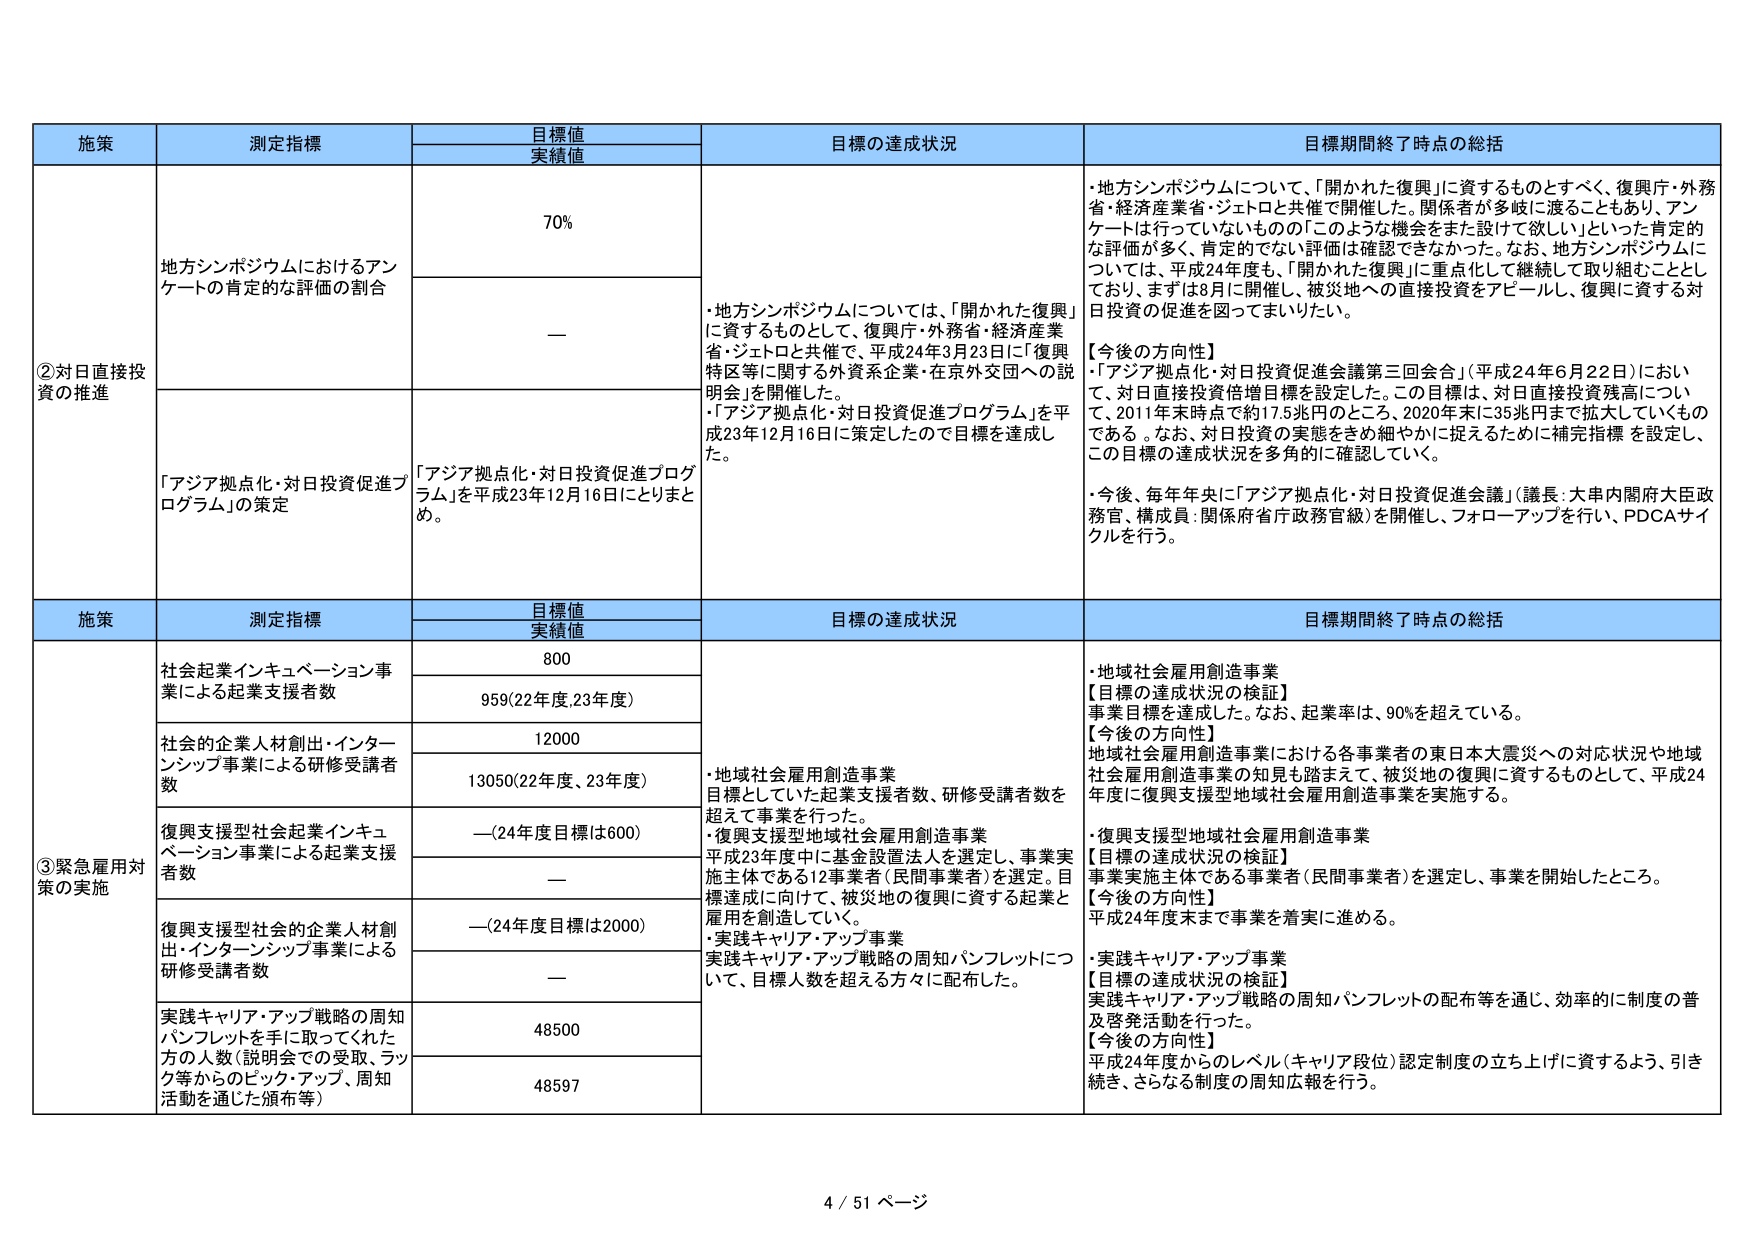
施策 測定指標 目標値 実績値 目標の達成状況 目標期間終了時点の総括
②対日直接投資の推進 地方シンポジウムにおけるアンケートの肯定的な評価の割合 70% — ・地方シンポジウムについては、「開かれた復興」に資するものとして、復興庁・外務省・経済産業省・ジェトロと共催で、平成24年3月23日に「復興特区等に関する外資系企業・在京外交団への説明会」を開催した。 ・「アジア拠点化・対日投資促進プログラム」を平成23年12月16日に策定したので目標を達成した。 ・地方シンポジウムについて、「開かれた復興」に資するものとすべく、復興庁・外務省・経済産業省・ジェトロと共催で開催した。関係者が多岐に渡ることもあり、アンケートは行っていないものの「このような機会をまた設けたい」といった肯定的な評価が多く、肯定的でない評価は確認できなかった。なお、地方シンポジウムについては、平成24年度も、「開かれた復興」に重点化して継続して取り組むこととしており、まずは8月に開催し、被災地への直接投資をアピールし、復興に資する対日投資の促進を図ってまいりたい。 【今後の方向性】 ・「アジア拠点化・対日投資促進会議第三回会合」（平成24年6月22日）において、対日直接投資倍増目標を設定した。この目標は、対日直接投資残高について、2011年末時点で約17.5兆円のところ、2020年末に35兆円まで拡大していくものである。なお、対日投資の実態をきめ細やかに捉えるために補完指標を設定し、この目標の達成状況を多角的に確認していく。 ・今後、毎年年央に「アジア拠点化・対日投資促進会議」（議長：大串内閣府大臣政務官、構成員：関係府省庁政務官級）を開催し、フォローアップを行い、PDCAサイクルを行う。 「アジア拠点化・対日投資促進プログラム」の策定 「アジア拠点化・対日投資促進プログラム」を平成23年12月16日にとりまとめ。
施策 測定指標 目標値 実績値 目標の達成状況 目標期間終了時点の総括
③緊急雇用対策の実施 社会起業インキュベーション事業による起業支援者数 800 959（22年度、23年度） ・地域社会雇用創造事業 目標としていた起業支援者数、研修受講者数を超えて事業を行った。 ・復興支援型地域社会雇用創造事業 平成23年度中に基金設置法人を選定し、事業実施主体である12事業者（民間事業者）を選定。目標達成に向けて、被災地の復興に資する起業と雇用を創造していく。 ・実践キャリア・アップ事業 実践キャリア・アップ戦略の周知パンフレットについて、目標人数を超える方々に配布した。 ・地域社会雇用創造事業 【目標の達成状況の検証】 事業目標を達成した。なお、起業率は、90％を超えている。 【今後の方向性】 地域社会雇用創造事業における各事業者の東日本大震災への対応状況や地域社会雇用創造事業の知見も踏まえて、被災地の復興に資するものとして、平成24年度に復興支援型地域社会雇用創造事業を実施する。 社会的企業人材創出・インターンシップ事業による研修受講者数 12000 13050（22年度、23年度） 復興支援型社会起業インキュベーション事業による起業支援者数 —（24年度目標は600） — 復興支援型社会的企業人材創出・インターンシップ事業による研修受講者数 —（24年度目標は2000） — 実践キャリア・アップ戦略の周知パンフレットを手に取ってくれた方の人数（説明会での受取、ラック等からのピック・アップ、周知活動を通じた頒布等） 48500 48597 ・復興支援型地域社会雇用創造事業 【目標の達成状況の検証】 事業実施主体である事業者（民間事業者）を選定し、事業を開始したところ。 【今後の方向性】 平成24年度末まで事業を着実に進める。 ・実践キャリア・アップ事業 【目標の達成状況の検証】 実践キャリア・アップ戦略の周知パンフレットの配布等を通じ、効率的に制度の普及啓発活動を行った。 【今後の方向性】 平成24年度からのレベル（キャリア段位）認定制度の立ち上げに資するよう、引き続き、さらなる制度の周知広報を行う。
4 / 51 ページ